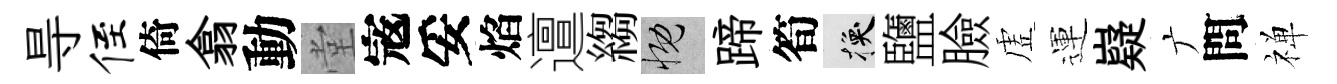
㝵侄倚翕動堂𡨥妥焰邅縐慨蹄筍换鹽臉虗運嶷广問禅